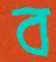
ব